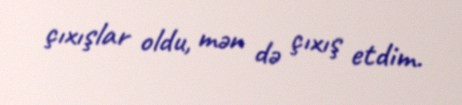
çıxışlar oldu, mən də çıxış etdim.